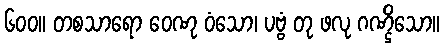
၆၀၀။ တစသာရော ဝေဏု ဝံသော၊ ပဗ္ဗံ တု ဖလု ဂဏ္ဌိသော။